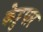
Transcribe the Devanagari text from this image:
केट्टुपार